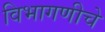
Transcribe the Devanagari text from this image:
विभागणीचे